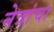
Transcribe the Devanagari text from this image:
नेत्रांचा